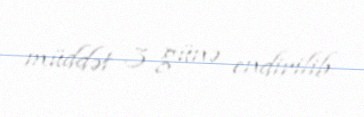
müddət 3 günə endirilib.